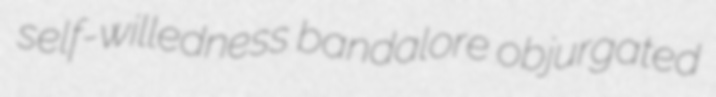
self-willedness bandalore objurgated